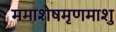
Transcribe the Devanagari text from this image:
ममाशेषमृणमाशु